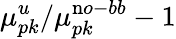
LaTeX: \mu_{pk}^{u}/\mu_{pk}^{\mathrm no-bb}-1